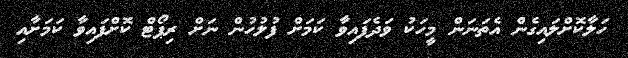
ހަލާކޮށްލައިގެން އެތަނަން މީހަކު ވަދެފައިވާ ކަމަށް ފުލުހުން ނަށް ރިޕޯޓް ކޮށްފައިވާ ކަމަށާއި